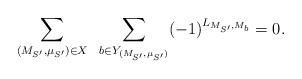
LaTeX: \begin{align*}\sum\limits_{(M_{S'}, \mu_{S'}) \in X} \,\ \sum\limits_{b \in Y_{ (M_{S'},\mu_{S'})}} (-1)^{L_{ M_{S'}, M_b}}=0.\end{align*}